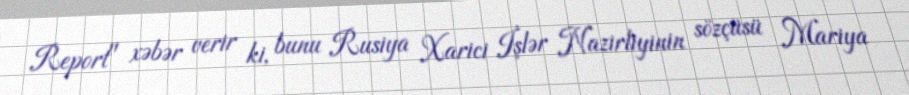
Report" xəbər verir ki, bunu Rusiya Xarici İşlər Nazirliyinin sözçüsü Mariya